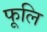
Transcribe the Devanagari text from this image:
फूलि